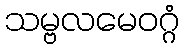
သမ္ဗလမေဝဂ္ဂံ